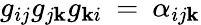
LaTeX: g_{ij}g_{j\mathbf{k}}g_{\mathbf{k}i}\: =\: \alpha_{ij\mathbf{k}}